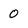
Character: 0